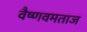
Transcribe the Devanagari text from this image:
वैष्णवमताज